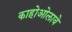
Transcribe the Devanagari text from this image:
काहोओलावे